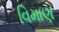
વિમાણ